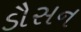
ડૌસન